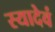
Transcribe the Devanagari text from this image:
स्यादेवं